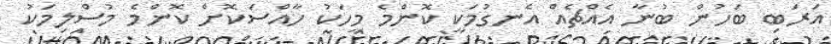
އަރަބި ބަހުން ބުނާ އެއްޗެއް އެނގުމަކީ ކޮންމެ މީހަކު ހާއްސަކޮށް ކޮންމެ މުސްލިމަކު